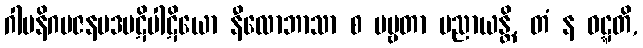
ဂါမနိဂမဇနပဒပဋိပါဋိယော နီလောဘာသာ စ ပဗ္ဗတာ ပညာယန္တိ, တံ န ဝဋ္ဋတိ,